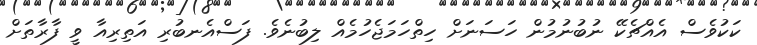
ކަކުވެސް އެއްޗެކޭ ނުބުނުމުން ހަސަނަށް ހިތްހަމަޖެހުމެއް ލިބުނެވެ. ފަސްއެނބުރި އަތިރިއާ ވީ ފާރާތަށް